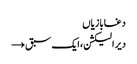
دغابازیاں
دیر الیکشن، ایک سبق →